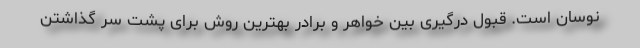
نوسان است. قبول درگیری بین خواهر و برادر بهترین روش برای پشت سر گذاشتن